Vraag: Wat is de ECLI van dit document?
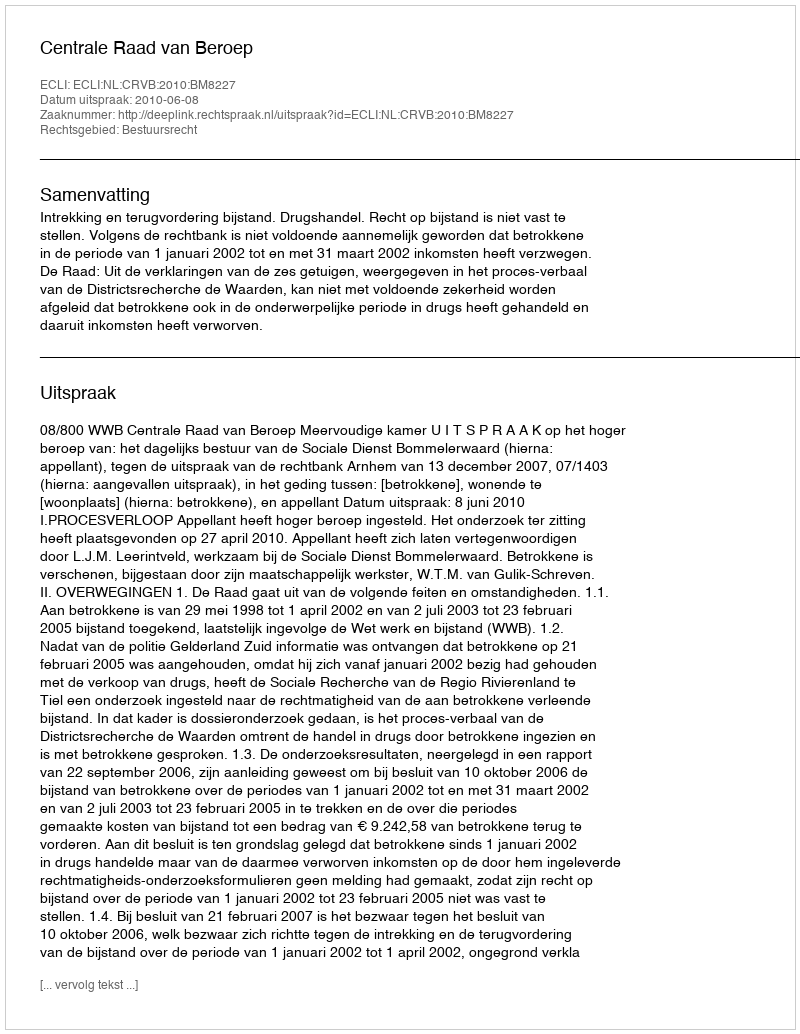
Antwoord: ECLI:NL:CRVB:2010:BM8227